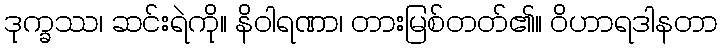
ဒုက္ခဿ၊ ဆင်းရဲကို။ နိဝါရဏာ၊ တားမြစ်တတ်၏။ ဝိဟာရဒါနတာ